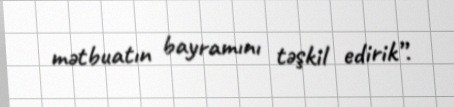
mətbuatın bayramını təşkil edirik”.